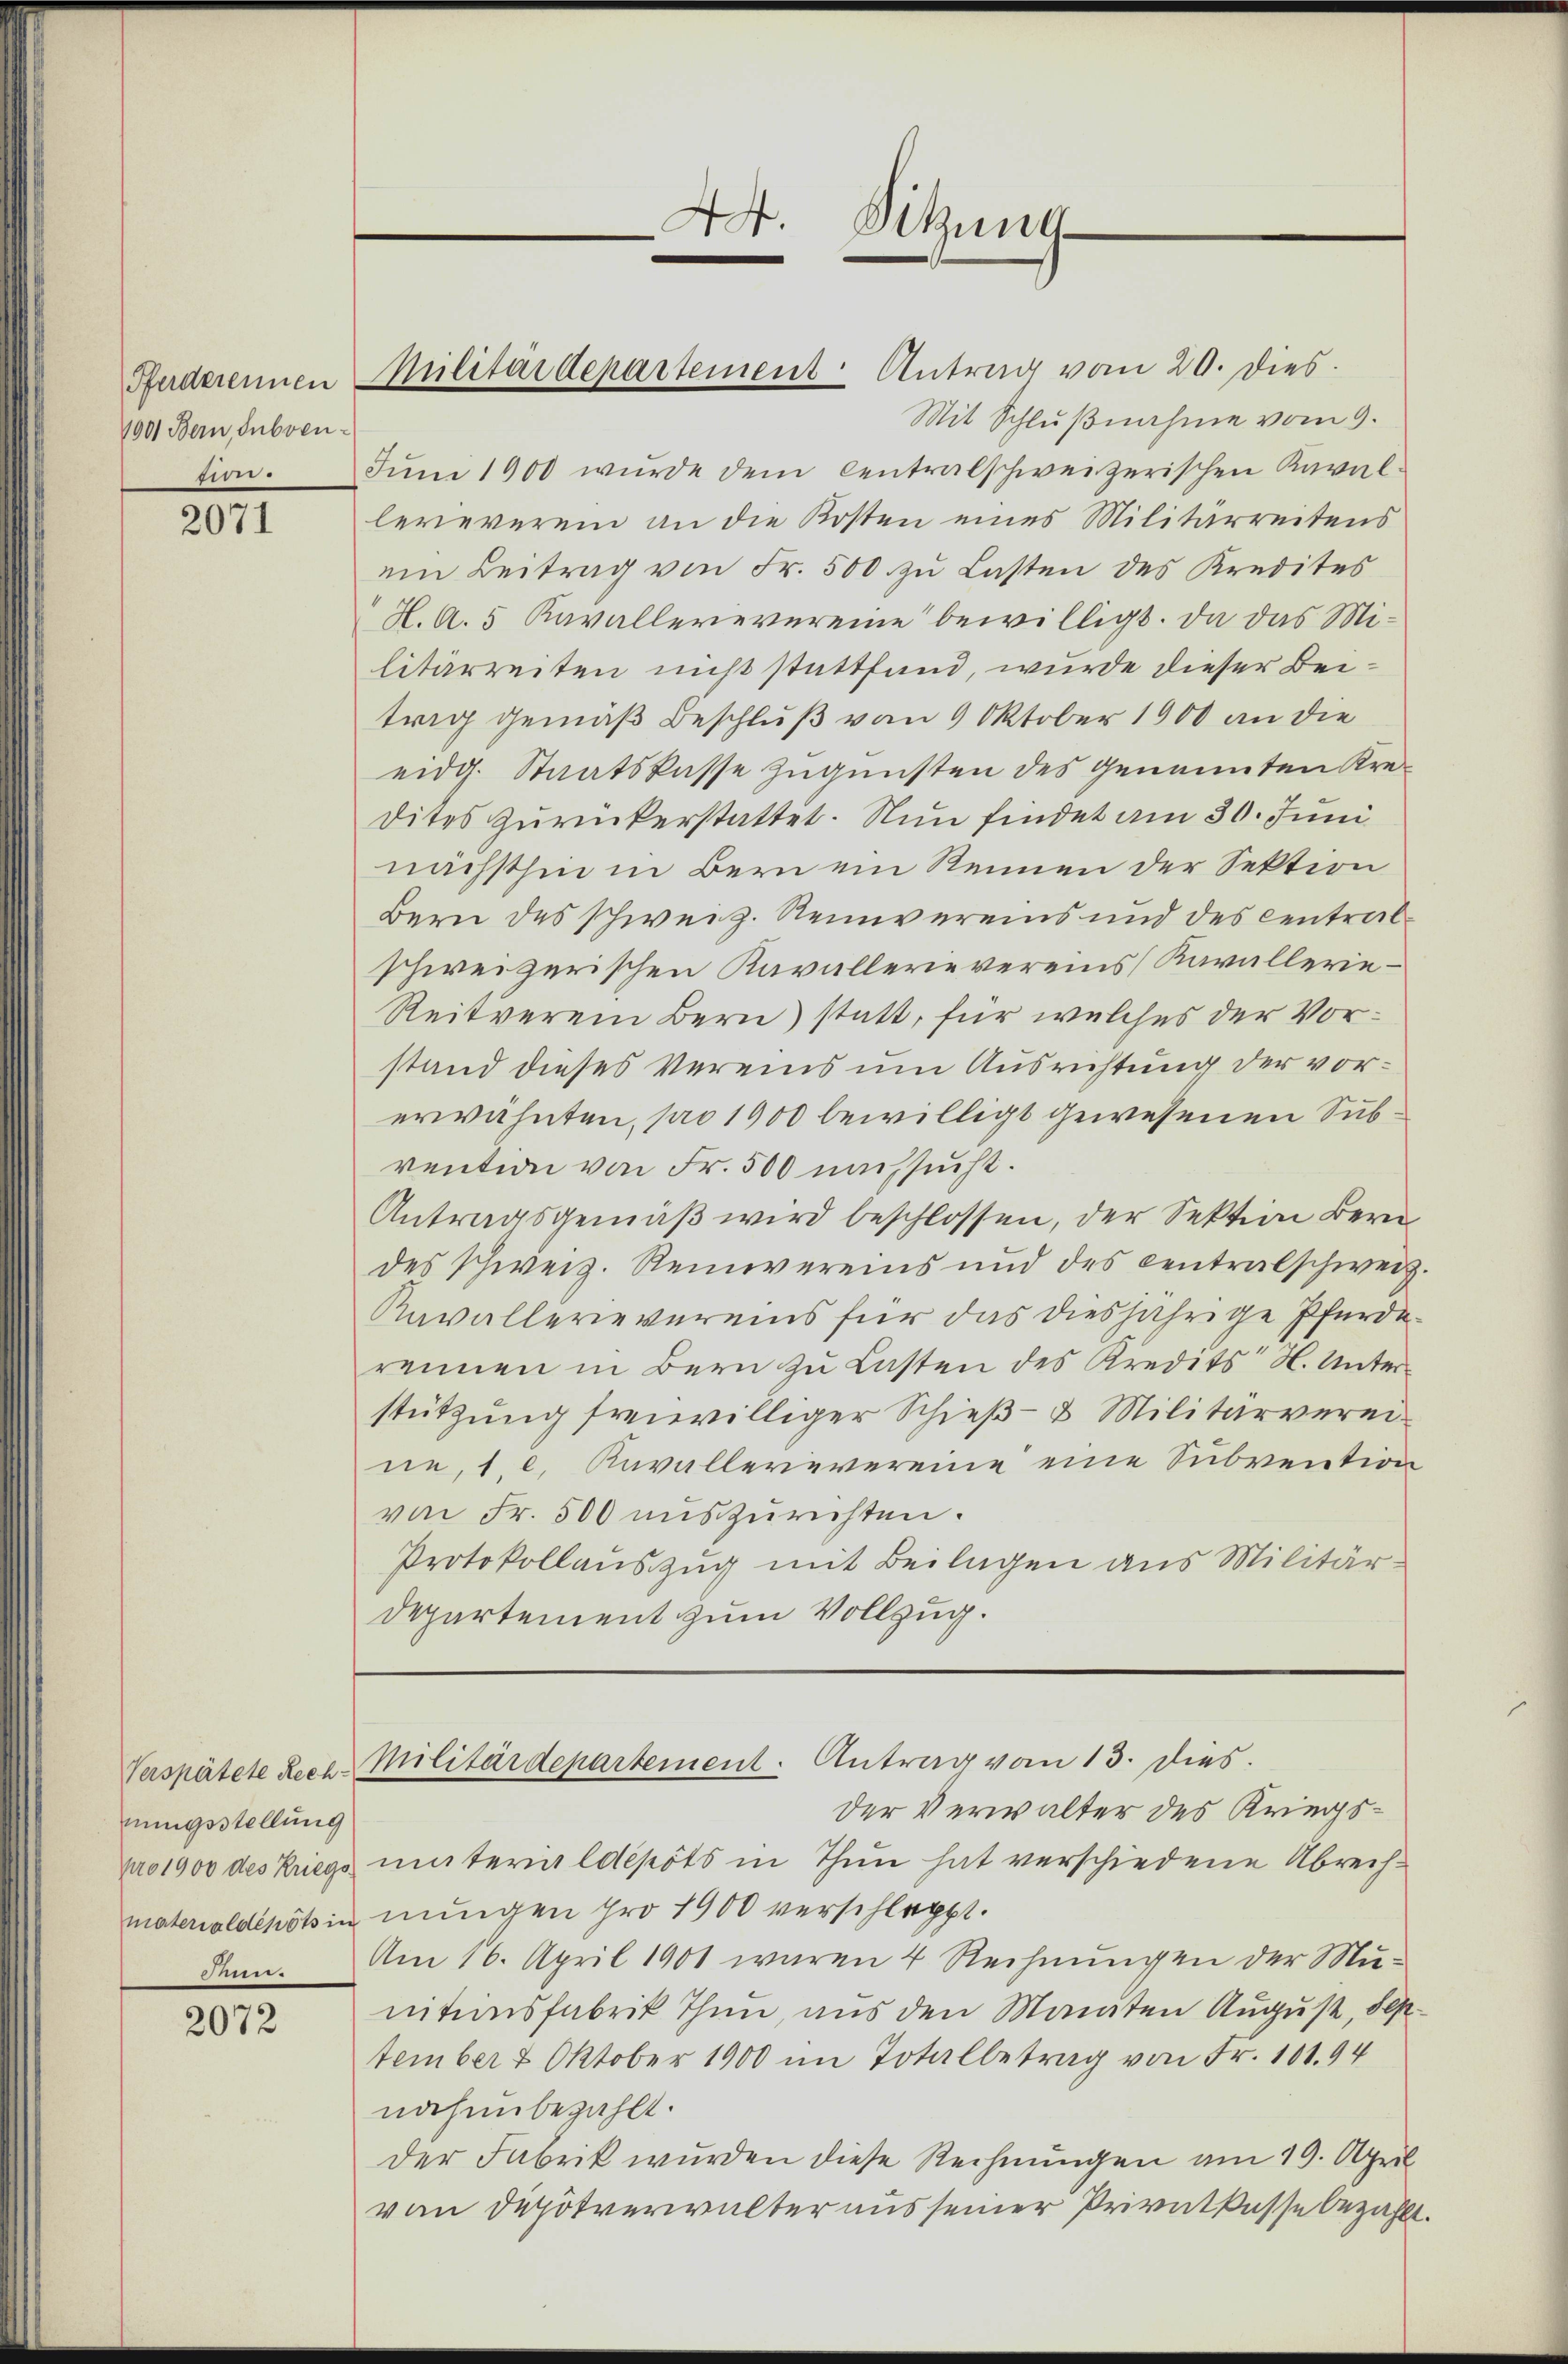
1001 Bern, Subven¬

2071

nungsstellung
25

2072

Mit Schlußnahme vom 9.
tion. Juni 1900 wurde dem Centralschweizerischen Kaval
lereverein an die Kosten eines Militärreitens
ein Beitrag von Fr. 500 zu Lasten des Kredites
H. A. 5 Kavallerievereine bewilligt. Da das Militärreiten nicht stattfand, wurde dieser Beitrig gemäß Beschluß vom 9 Oktober 1900 an die
eidg. Staatskasse zugunsten des genannten Kredites zurückerstattet. Nun findet am 30. Juni
nächsthin in Bern ein Rennen der Sektion
Bern des schweiz. Reinvereins und des Centralschweizerischen Kavallerie vereins (Kavallerie¬
Reitverein Bern) statt, für welches der Vorstand dieses Vereins um Ausrichtung der vorerwähnten, pro 1900 bewilligt gewesenen Subvention von Fr. 500 nachsucht.
Antragsgemäß wird beschlossen, der Sektion Bern
des schweiz. Reinvereins und des Centralschweiz.
Navallerievereins für das diesjährige Pferderennen in Bern zu Lasten des Kredits H. Unterstützung freiwilliger Schieß- & Militärvereine, 1. c. Kavallernvereine eine Subvention
von Fr. 500 auszurichten.
Protokollauszug mit Beilagen aus Militär¬
Departement zum Vollzug.

Der Verwalter des Kriegspro 1900 des Kriegs miterial depots in Thun hat verschiedene Abrechmaterialdenössin nungen pro 1900 verschleppt.
Am 16. April 1901 waren 4 Rechnungen der Munitionsfabrik Thun, aus den Manten August, September 4 Oktober 1900 im Totalbetrag von Fr. 101. 94
nahubezahlt.
der Fabrik wurden diese Rechnungen am 19. April
von Depotverwalter aus seiner Privatkasse bezahlt.

Farderennen Militärdepartement Antrag vom 20. dies

44. Sitzung
e

Verspätete Reca Militärdepartement. Antrag vom 13. dies.